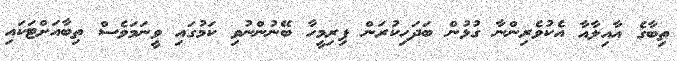
ތިބާގެ އާއިލާއާ އެކުވެރިންނާ ގުޅުން ބަދަހިކުރަން ފިރިމީހާ ބޭނުންނުވި ކަމުގައި ވީނަމަވެސް ތިބާއަށްޓަކައި